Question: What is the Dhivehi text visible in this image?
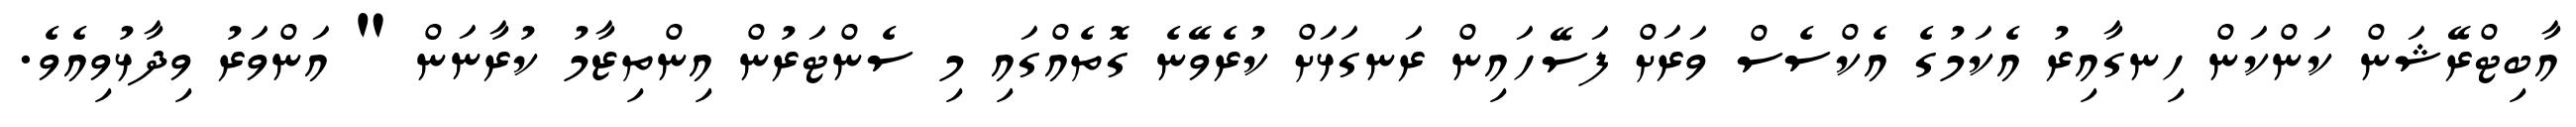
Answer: އާބިޓްރޭޝަން ކަންކަން ހިނގާއިރު އެކަމުގެ އެކްސެސް ވަރަށް ފަސޭހައިން ރަނގަޅަށް ކުރެވޭނެ ގޮތެއްގައި މި ސެންޓަރުން އިންތިޒާމު ކުރާނަން " އަންވަރު ވިދާޅުވިއެވެ.